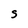
Character: s